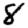
Digit: 8